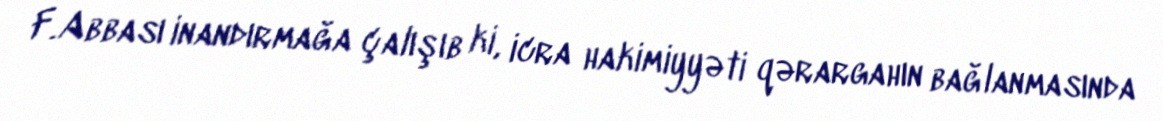
F.Abbası inandırmağa çalışıb ki, icra hakimiyyəti qərargahın bağlanmasında